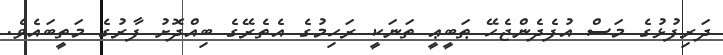
ދަރިފުޅުގެ މަސް އުފެދެންޖެހޭ ޠަބީޢީ ތަނަކީ ރަހިމުގެ އެތެރޭގެ ބިއްދޮށު ފާރުގެ މަތީބައެވެ.